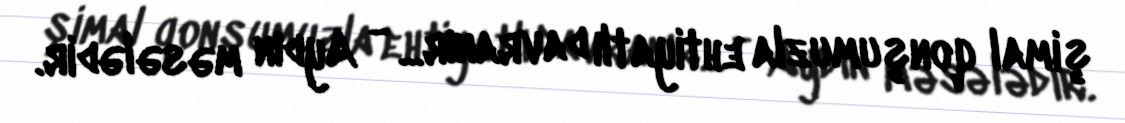
şimal qonşumuzla ehtiyatlı davranır... - Aydın məsələdir.